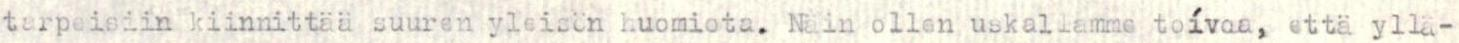
tarpeisiin kiinnittää suuren yleisön huomiota. Näin ollen uskallamme toivoa, että yllä-